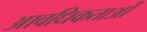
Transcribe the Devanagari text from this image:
आवधिकताओं